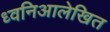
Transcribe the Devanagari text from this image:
ध्वनिआलेखित